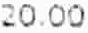
20.00